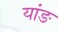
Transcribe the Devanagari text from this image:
यांङ